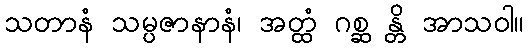
သတာနံ သမ္ပဇာနာနံ၊ အတ္ထံ ဂစ္ဆ န္တိ အာသဝါ။